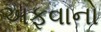
અફવાનો